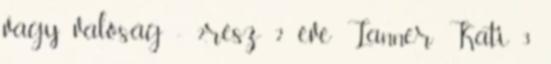
vagy valóság - 2.rész 2 éve Lanner Kati 3